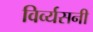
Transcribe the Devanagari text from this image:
विर्व्यसनी